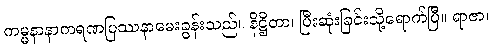
ကမ္မနာနာကရဏပြဿနာမေးခွန်းသည်။ နိဋ္ဌိတာ၊ ပြီးဆုံးခြင်းသို့ရောက်ပြီ။ ရာဇာ၊